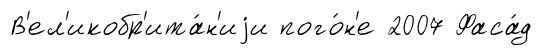
В'ел'икобр'ита́н'иjи пого́н'е 2007 Фаса́д